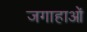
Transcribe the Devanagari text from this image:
जगाहाओं